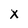
Character: X